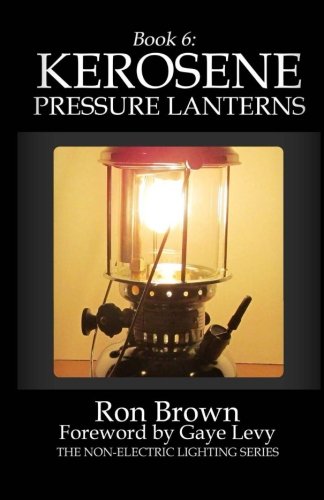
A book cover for Book 6: Kerosene Pressure Lanterns (The Non-Electric Lighting Series) (Volume 6); Ron Brown; Reference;